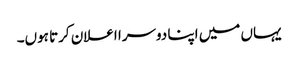
یہاں میں اپنا دوسرا اعلان کرتا ہوں۔